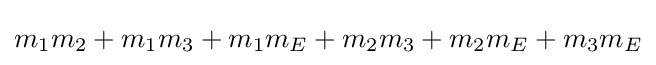
m_{1}m_{2}+m_{1}m_{3}+m_{1}m_{E}+m_{2}m_{3}+m_{2}m_{E}+m_{3}m_{E}